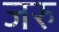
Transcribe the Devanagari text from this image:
जरु